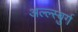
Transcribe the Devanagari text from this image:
अल्ल्स्बुर्ग